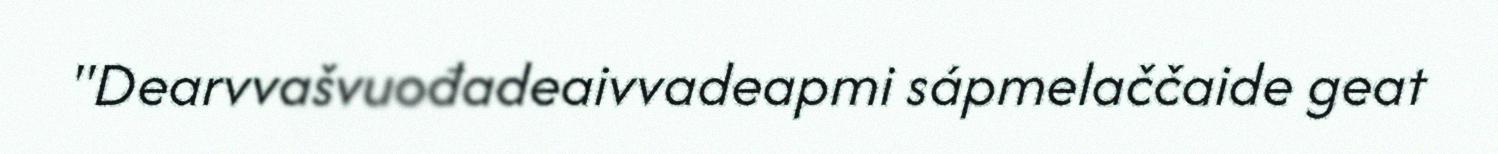
"Dearvvašvuođadeaivvadeapmi sápmelaččaide geat